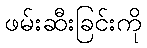
ဖမ်းဆီးခြင်းကို